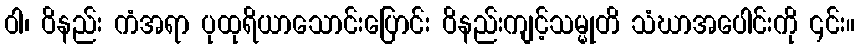
ဝါ၊ ဝိနည်း ကံအရာ ပုထုရိယာသောင်းပြောင်း ဝိနည်းကျင့်သမ္မုတိ သံဃာအပေါင်းကို ၎င်း။